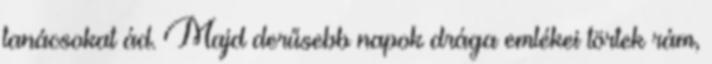
tanácsokat ád. Majd derűsebb napok drága emlékei törtek rám,